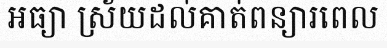
អធ្យា ស្រ័យដល់គាត់ពន្យារពេល